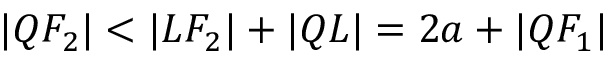
| Q F _ { 2 } | < | L F _ { 2 } | + | Q L | = 2 a + | Q F _ { 1 } |